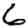
Digit: 6